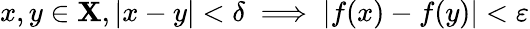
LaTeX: x,y\in\mathbf{X},|x-y|<\delta\implies|f(x)-f(y)|<\varepsilon